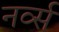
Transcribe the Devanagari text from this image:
नर्व्स